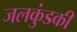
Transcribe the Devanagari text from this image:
जलकुंडकी